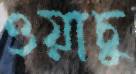
ওয়াচু